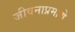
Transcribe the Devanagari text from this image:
जीवनाप्रमाणे